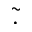
\tilde { . }